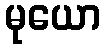
မုယော